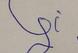
Signature authenticity: forged